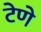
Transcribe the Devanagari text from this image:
टेणे